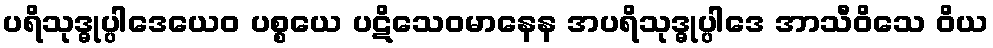
ပရိသုဒ္ဓုပ္ပါဒေယေဝ ပစ္စယေ ပဋိသေဝမာနေန အပရိသုဒ္ဓုပ္ပါဒေ အာသီဝိသေ ဝိယ